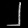
Digit: ၂